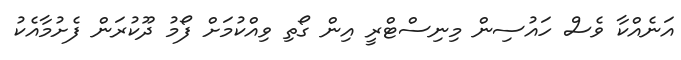
އަނެއްކާ ވެސް ހައުސިން މިނިސްޓްރީ އިން ގޯތި ވިއްކުމަށް ފޯމު ދޫކުރަން ފެށުމާއެކު